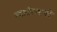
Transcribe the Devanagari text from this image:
स्वातंत्ऱ्याची